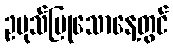
ဥပုသ်ပြုသောနေ့တွင်